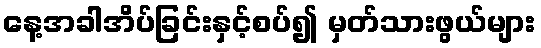
နေ့အခါအိပ်ခြင်းနှင့်စပ်၍ မှတ်သားဖွယ်များ